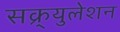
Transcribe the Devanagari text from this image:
सक्र्युलेशन